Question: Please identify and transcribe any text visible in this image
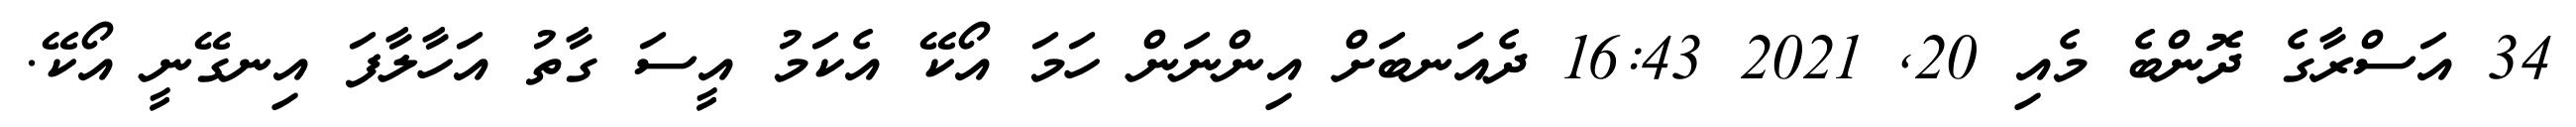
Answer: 34 އަސްރާގެ ދޮންބެ މެއި 20, 2021 16:43 ދެއަނބަށް އިންނަން ހަމަ އޯކޭ އެކަމު އީސަ ގާތު އަހާލާފަ އިނގޭނީ އޯކޭ.